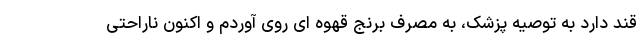
قند دارد به توصیه پزشک، به مصرف برنج قهوه ای روی آوردم و اکنون ناراحتی